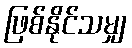
ဖြစ်နိုင်သမျှ